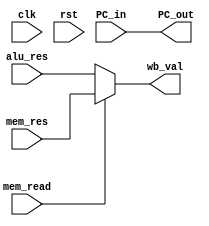
module WB_stage (
  input clk, rst, 
  input [31:0] PC_in, 
  input mem_read,
  input [31:0] mem_res, alu_res,

  output [31:0] PC_out,
  output reg [31:0] wb_val
);

  assign PC_out = PC_in;

  always @(*)begin
	  if(mem_read)
	  	wb_val <= mem_res;
	  else
	  	wb_val <= alu_res;
  end

endmodule